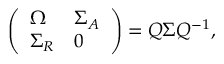
\left( \begin{array} { l l } { { \Omega } } & { { \Sigma _ { A } } } \\ { { \Sigma _ { R } } } & { { 0 } } \end{array} \right) = Q \Sigma Q ^ { - 1 } ,